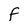
Character: f